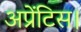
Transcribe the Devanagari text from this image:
अप्रेंटिस।